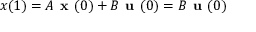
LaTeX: x ( 1 ) = A { \textbf { x } } ( 0 ) + B { \textbf { u } } ( 0 ) = B { \textbf { u } } ( 0 )